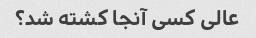
عالی کسی آنجا کشته شد؟